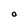
Character: O